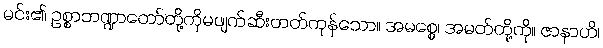
မင်း၏ ဥစ္စာဘဏ္ဍာတော်တို့ကိုမဖျက်ဆီးတတ်ကုန်သော။ အမစ္စေ၊ အမတ်တို့ကို။ ဇာနာဟိ၊